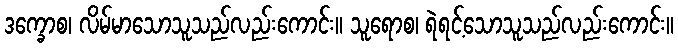
ဒက္ခောစ၊ လိမ်မာသောသူသည်လည်းကောင်း။ သူရောစ၊ ရဲရင့်သောသူသည်လည်းကောင်း။